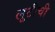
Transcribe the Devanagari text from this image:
लूटीची